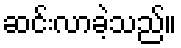
ဆင်းလာခဲ့သည်။